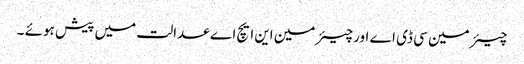
چیئرمین سی ڈی اے اورچیئرمین این ایچ اے عدالت میں پیش ہوئے ۔